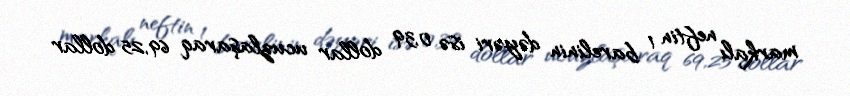
markalı neftin 1 barelinin dəyəri isə 0,39 dollar ucuzlaşaraq 69,25 dollar